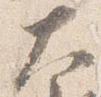
大